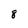
Character: 8